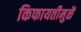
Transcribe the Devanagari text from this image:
किफायतीमुळें